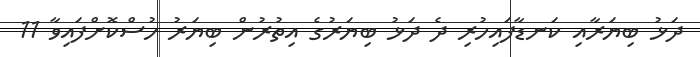
ދަޅު ބިޔަރާއި ކަނޑާފައިހުރި ދެ ދަޅު ބިޔަރުގެ އިތުރުން ބިޔަރު ހުސްކޮށްފައިވާ 11